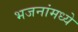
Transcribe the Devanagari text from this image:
भजनांमध्ये